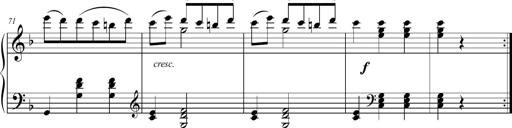
Title: 2 Sonatines faciles et brillantes pour le piano-forte seul
Composer: Carl Czerny